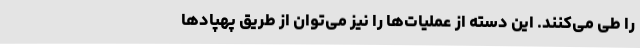
را طی می‌کنند. این دسته از عملیات‌ها را نیز می‌توان از طریق پهپادها